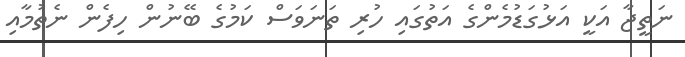
ނަތީޖާ އަކީ އަޅުގަޑުމެންގެ އަތުގައި ހުރި ތަނަވަސް ކަމުގެ ބޭނުން ހިފެން ނެތުމާއި